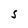
Character: S